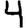
Digit: 4